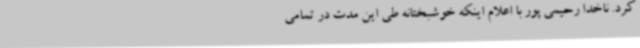
کرد. ناخدا رحیمی پور با اعلام اینکه خوشبختانه طی این مدت در تمامی